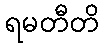
ရမတီတိ